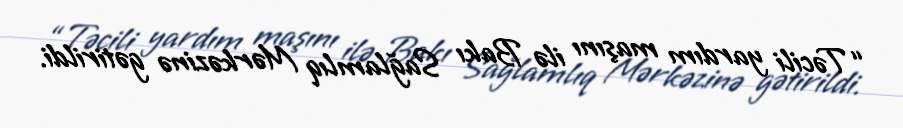
“Təcili yardım maşını ilə Bakı Sağlamlıq Mərkəzinə gətirildi.